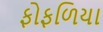
ફોફળિયા